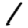
Digit: 1